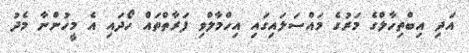
އަދި އިބްތިހާލްގެ މަރުގެ މައްސަލައިގައި އިހްމާލްވި ފަރާތްތައް ހޯދައި އެ މީހުންނާ މެދު